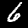
Label: 6